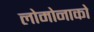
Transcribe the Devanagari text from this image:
लोमोनाको